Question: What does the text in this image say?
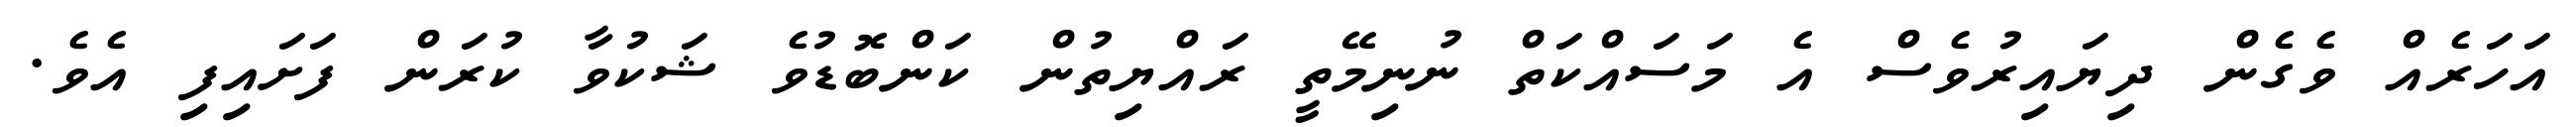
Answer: އަހަރެއް ވެގެން ދިޔައިރުވެސް އެ މަސައްކަތް ނުނިމޭތީ ރައްޔިތުން ކަންބޮޑުވެ ޝަކުވާ ކުރަން ފަށައިފި އެވެ.